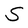
Character: S